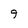
Character: 9